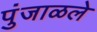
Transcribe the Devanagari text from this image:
पुंजाळले